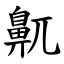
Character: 鼿